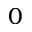
0